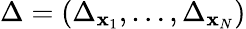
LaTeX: \Delta=(\Delta_{{\mathbf x}_{1}},\ldots,\Delta_{{\mathbf x}_{N}})